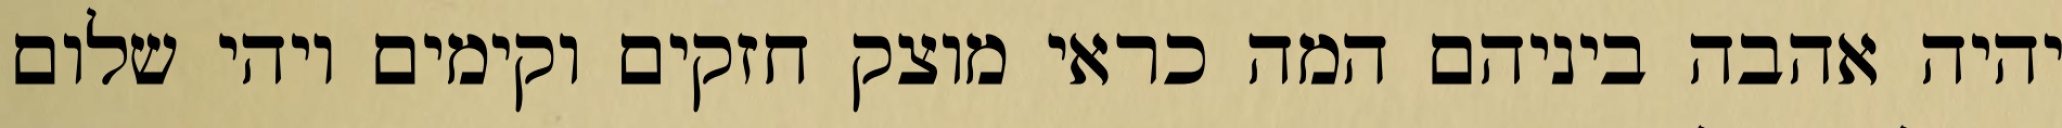
יהיה אהבה ביניהם המה כראי מוצק חזקים וקימים ויהי שלום